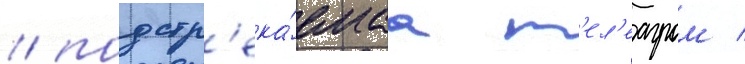
/ подстр'ека́емаа м'ел'еагром /